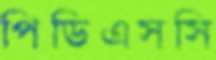
পিডিএসসি